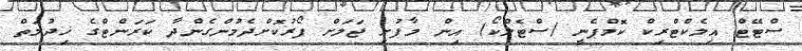
ސްޓޭޓް އިލެކްޓްރިކް ކޮމްޕެނީ (ސްޓެލްކޯ) އިން މާފުށި ޖަލަށް ފޯރުކޮށްދެމުންގެންދާ ކަރަންޓްގެ ޚިދުމަތް